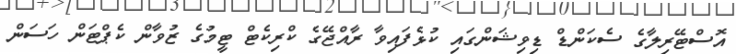
އޮސްޓޭރިލާގެ ސެކަންޑް ޑިވިޝަންގައި ކުޅެފައިވާ ރާއްޖޭގެ ކްރިކެޓް ޓީމުގެ ޒުވާން ކެޕްޓަން ހަސަން